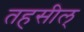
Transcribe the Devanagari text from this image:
तहसील्